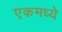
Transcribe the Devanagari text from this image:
एकमध्ये